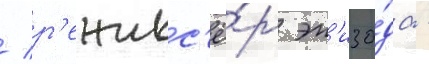
/ р'ежисс'ё́р эп'изо́да -